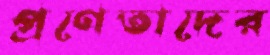
প্রণেতাদের